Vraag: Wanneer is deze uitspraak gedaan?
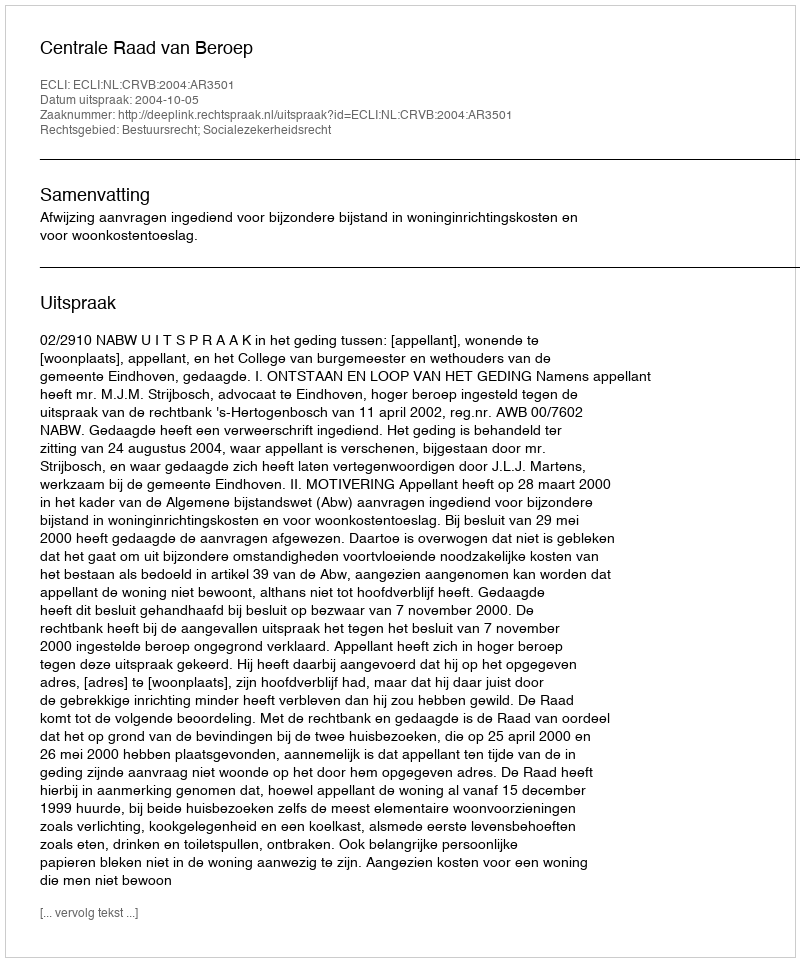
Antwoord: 2004-10-05